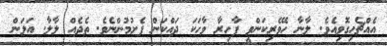
އެއްޗެހިގޮވިއެވެ. ލާނާ ހޭވެރިކަންވީ ފާހިރާ ވާހަކަ ދައްކަން ފެށުމުންނެވެ. ތެދެއް ލާލާ. އަލަން